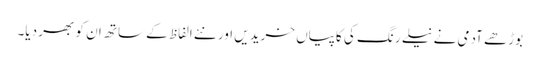
بوڑھے آدمی نے نیلے رنگ کی کاپیاں خریدیں اور نئے الفاظ کے ساتھ ان کو بھر دیا۔